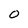
Character: 0